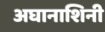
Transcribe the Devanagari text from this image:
अघानाशिनी